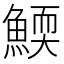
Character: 𩹓